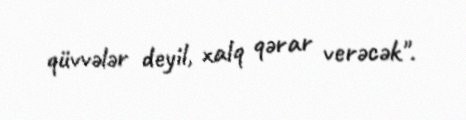
qüvvələr deyil, xalq qərar verəcək".